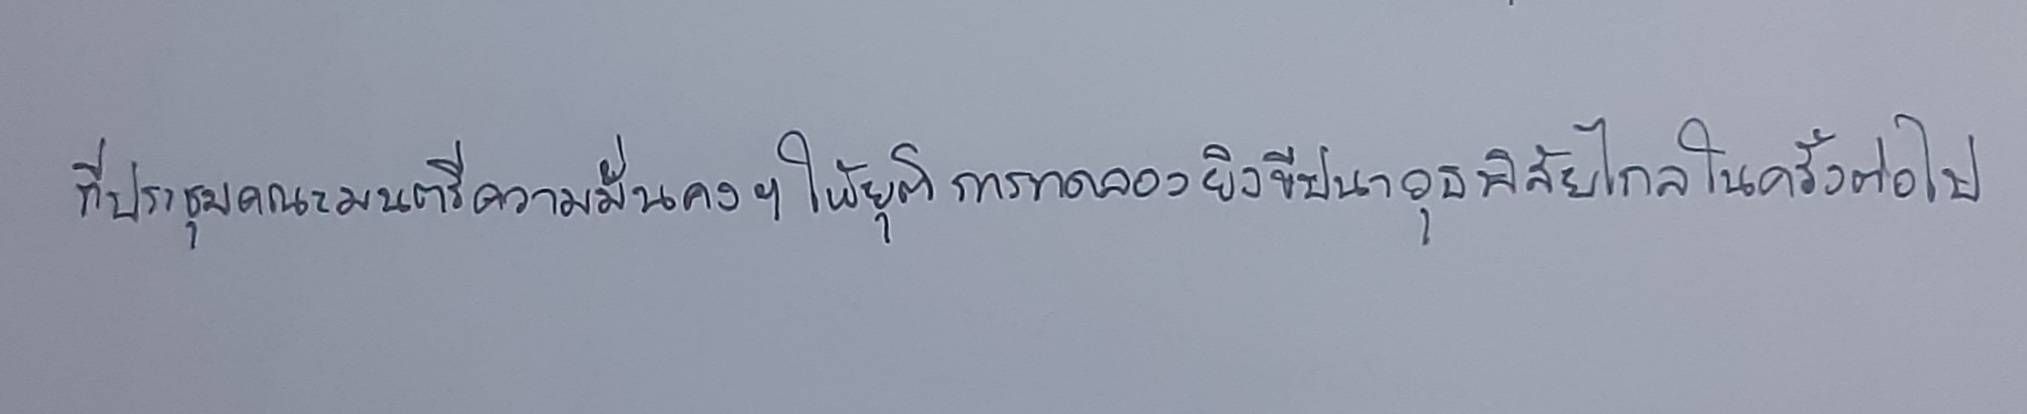
ที่ประชุมคณะมนตรีความมั่นคงฯให้ยุติการทดลองยิงขีปนาวุธพิสัยไกลในครั้งต่อไป